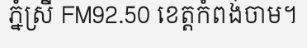
ភ្នំស្រី FM92.50 ខេត្តកំពង់ចាម។